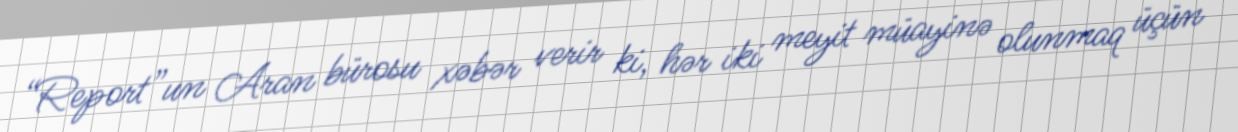
“Report”un Aran bürosu xəbər verir ki, hər iki meyit müayinə olunmaq üçün